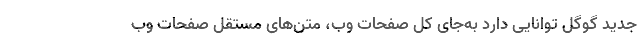
جدید گوگل توانایی دارد به‌جای کل صفحات وب، متن‌های مستقل صفحات وب